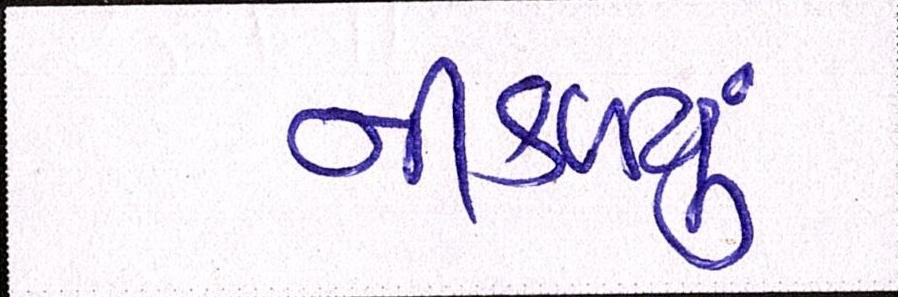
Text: નીકળ્યું